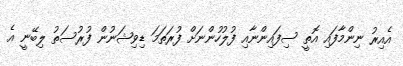
އެއިރު ނިންމާފައި އޮތީ ސިފައިންނާއި ފުލުހުންނަށް ފުރަތަމަ ޑިވިޝަނުން ފުރުސަތު ލިބޭނީ އެ